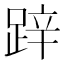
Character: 𨁅